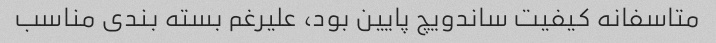
متاسفانه کیفیت ساندویچ پایین بود، علیرغم بسته بندی مناسب